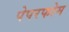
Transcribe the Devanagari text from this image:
पेपरफोम